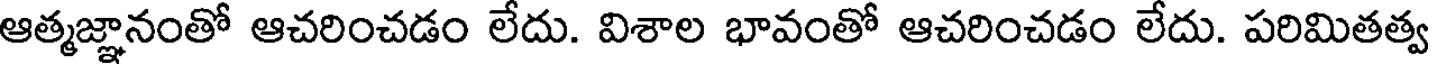
ఆత్మజ్ఞానంతో ఆచరించడం లేదు. విశాల భావంతో ఆచరించడం లేదు. పరిమితత్వ